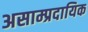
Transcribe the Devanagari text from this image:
असाम्प्रदायिक